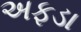
અફડા